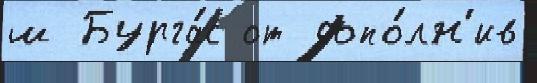
ш Бурга́с от допо́лн'ив